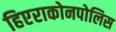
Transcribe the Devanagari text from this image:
हिएराकोनपोलिस